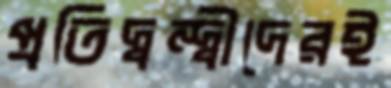
প্রতিদ্বন্দ্বীদেরই